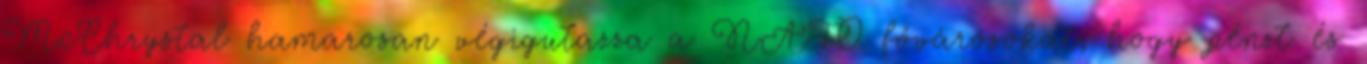
McChrystal hamarosan végigutazza a NATO fővárosokat, hogy pénzt és